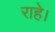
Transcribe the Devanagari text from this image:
राहे।